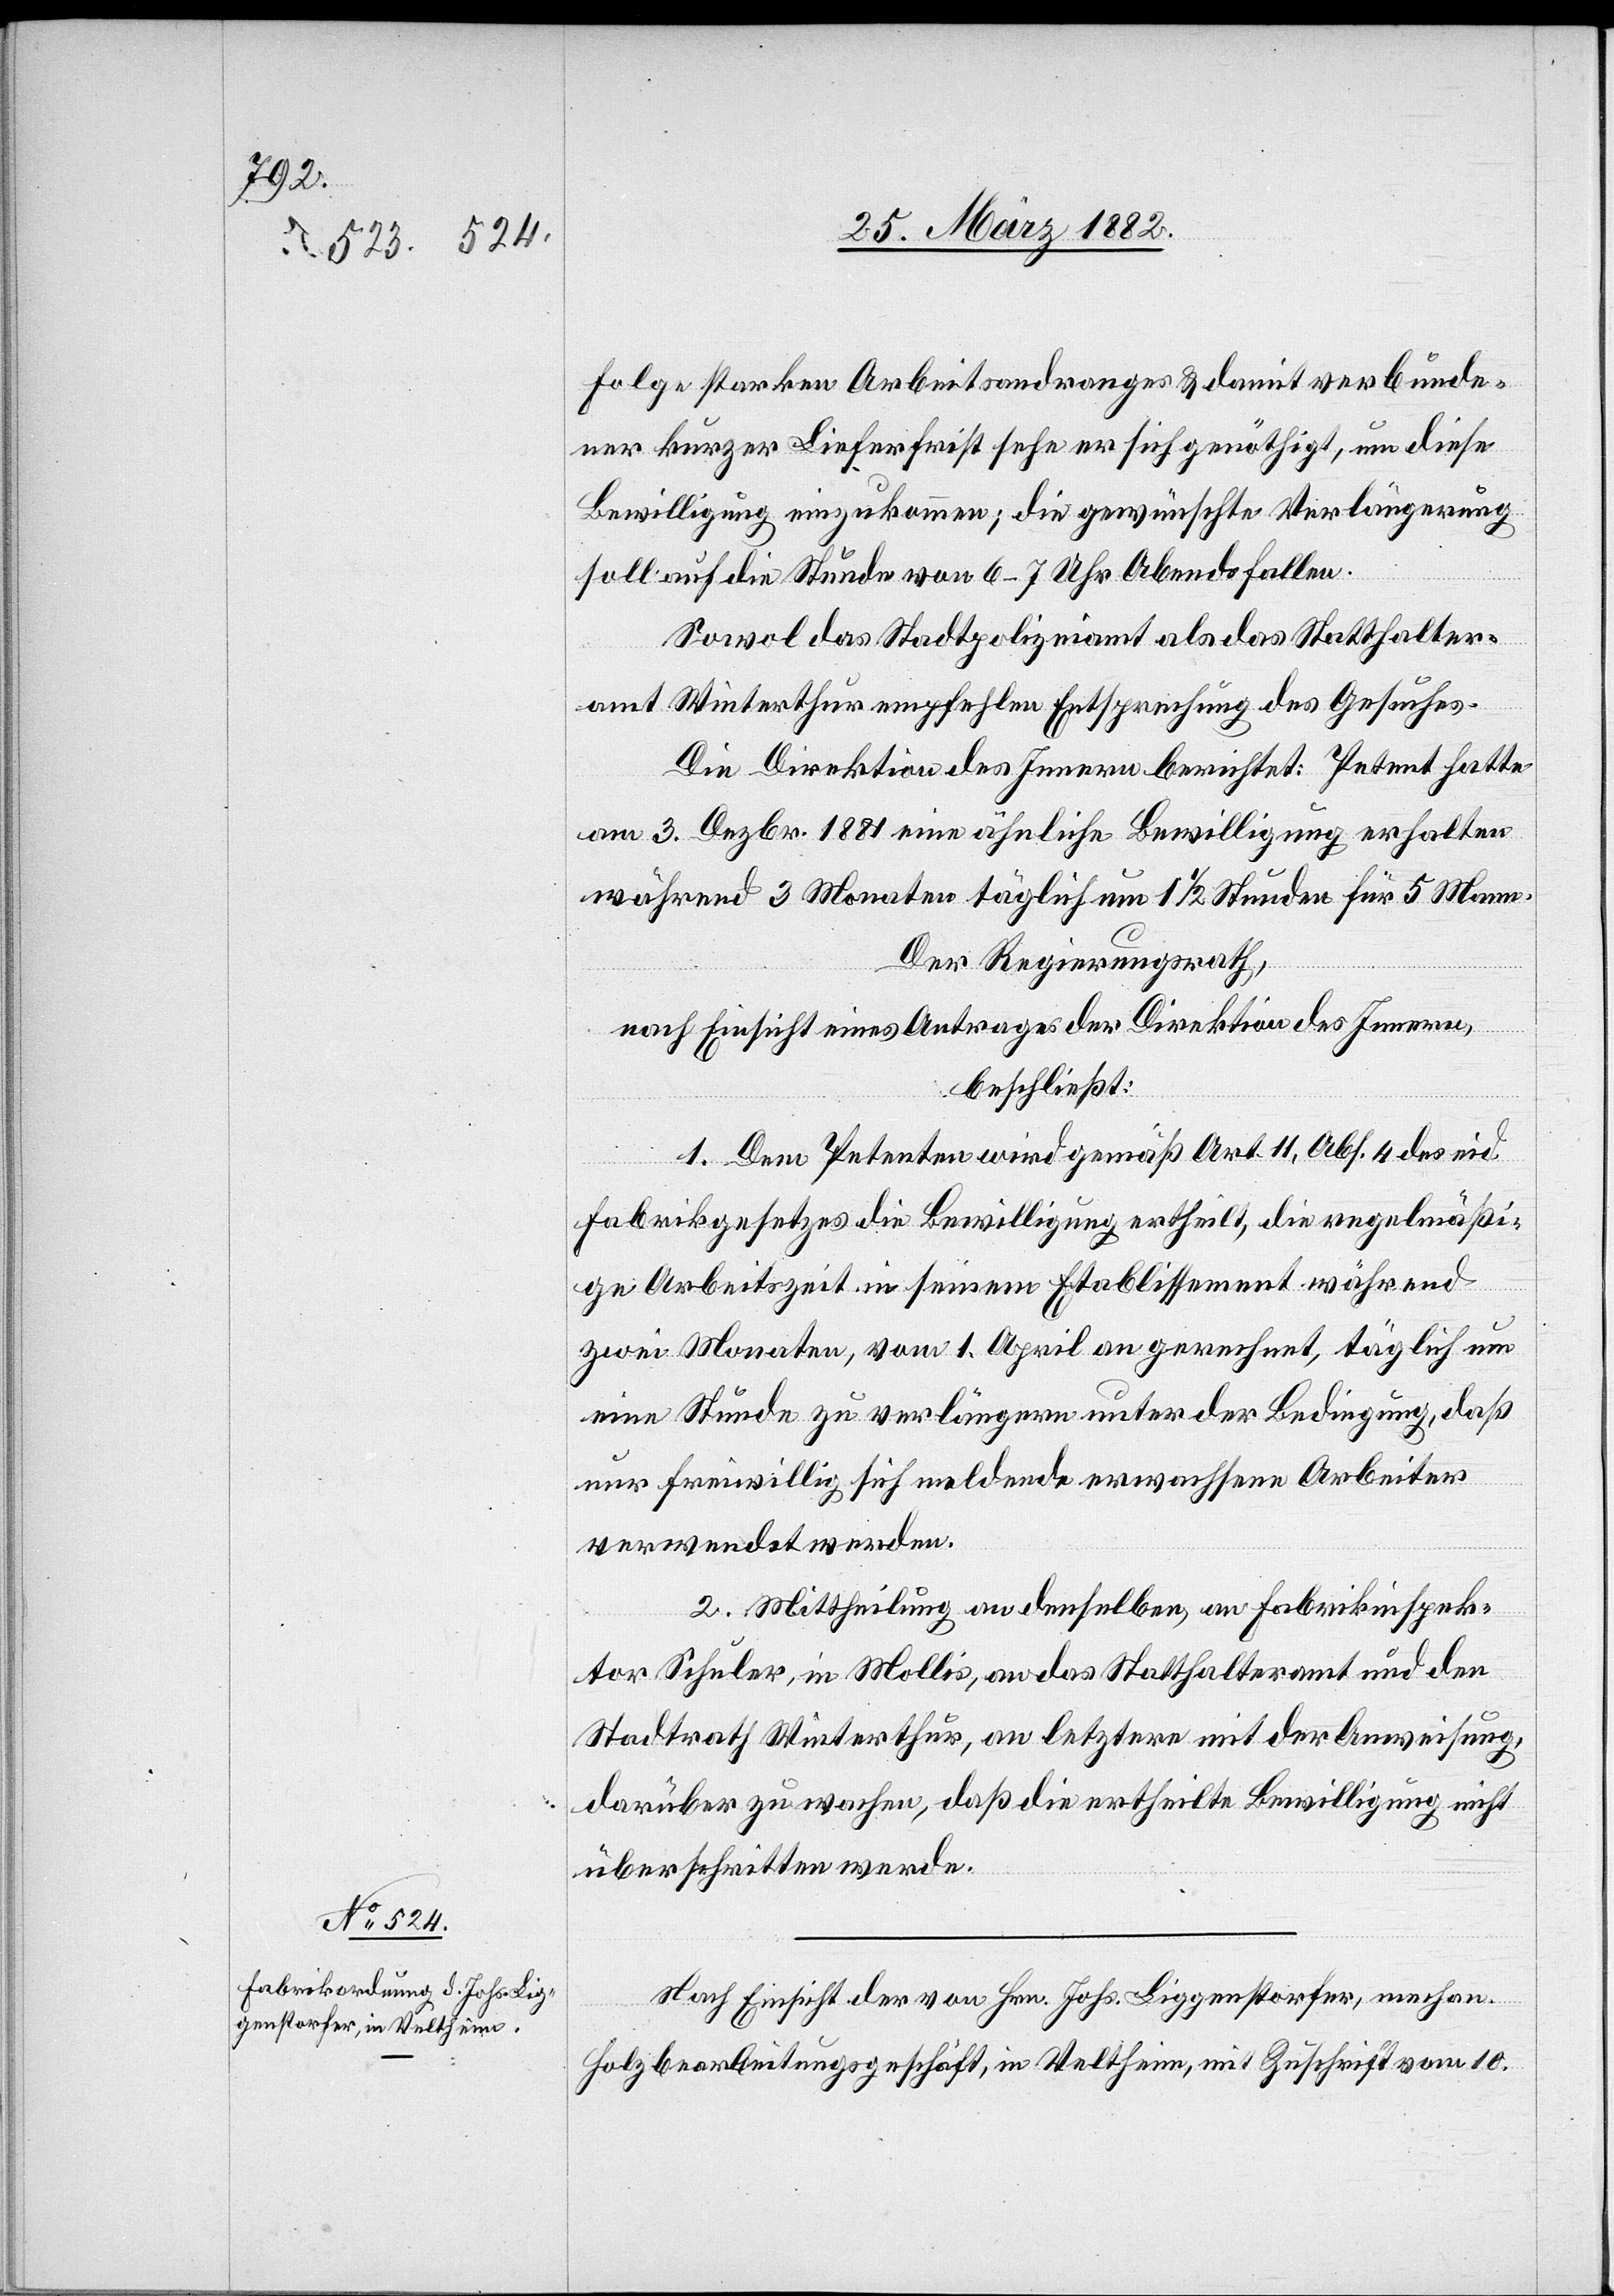
folge starken Arbeitsandranges & damit verbunde¬
ner kurzer Lieferfrist sehe er sich genöthigt, um diese
Bewilligung einzukommen; die gewünschte Verlängerung
soll auf die Stunde von 6–7 Uhr Abends fallen.
Sowol das Stadtpolizeiamt als das Statthalter¬
amt Winterthur empfehlen Entsprechung des Gesuches.
Die Direktion des Innern berichtet: Petent hatte
am 3. Dezbr. 1881 eine ähnliche Bewilligung erhalten
während 3 Monaten täglich um 1 1/2 Stunden für 5 Mann.
Der Regierungsrath,
nach Einsicht eines Antrages der Direktion des Innern,
beschließt:
1. Dem Petenten wird gemäß Art. 11, Abs. 4 des eid.
Fabrikgesetzes die Bewilligung ertheilt, die regelmäßi¬
ge Arbeitszeit in seinem Etablissement während
zwei Monaten, vom 1. April an gerechnet, täglich um
eine Stunde zu verlängern unter der Bedingung, daß
nur freiwillig sich meldende erwachsene Arbeiter
verwendet werden.
2. Mittheilung an denselben, an Fabrikinspek¬
tor Schuler, in Mollis, an das Statthalteramt und den
Stadtrath Winterthur, an letztern mit der Anweisung,
darüber zu wachen, daß die ertheilte Bewilligung nicht
überschritten werde.
Nach Einsicht der von Hrn. Liggenstorfer, mechan.
Holzbearbeitungsgeschäft, in Veltheim, mit Zuschrift vom 10.